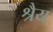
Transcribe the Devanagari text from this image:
श्रैय